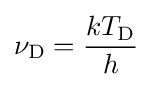
\nu _{\rm {D}}={\frac {kT_{\rm {D}}}{h}}